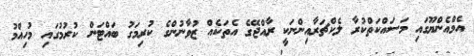
އެމްއެންޔޫގައި މަސައްކަތްކުރާ ލެކްޗަރާއިންނަކީ ރާއްޖޭގެ އެތަކެއް ޒުވާނުންގެ ކުރިމަގު ބައްޓަން ކުރުމުގައި މުހިއްމު